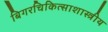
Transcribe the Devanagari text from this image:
बिगरचिकित्साशास्त्रीय